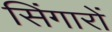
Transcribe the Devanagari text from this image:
सिंगारों